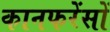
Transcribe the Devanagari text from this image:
कानफरेंसों